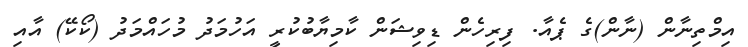
އިމްތިނާން (ނާން)ގެ ޕެއާ. ފިރިހެން ޑިވިޝަން ކާމިޔާބުކުރީ އަހުމަދު މުހައްމަދު (ކޯކޭ) އާއި